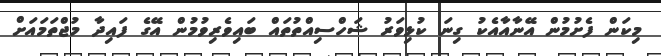
މިކަން ފެށުމުން އޭނާއާއެކު ގިނަ ކުޅިވަރު ޝަހްސިއްތުތައް ބައިވެރިވުމުން އޭގެ ފައިދާ މުޖްތަމައަށް